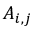
A _ { i , j }